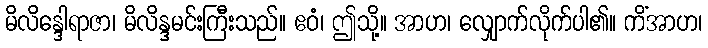
မိလိန္ဒေါရာဇာ၊ မိလိန္ဒမင်းကြီးသည်။ ဧဝံ၊ ဤသို့။ အာဟ၊ လျှောက်လိုက်ပါ၏။ ကိံအာဟ၊